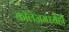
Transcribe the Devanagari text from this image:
कॉलेजमध्येही